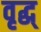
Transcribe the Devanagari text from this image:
वृद्ध्